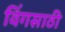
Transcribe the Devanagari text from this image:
विंगसाठी